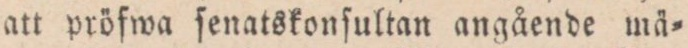
att pröfwa ſenatskonſkultan angående mä=